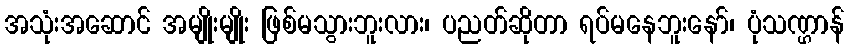
အသုံးအဆောင် အမျိုးမျိုး ဖြစ်မသွားဘူးလား၊ ပညတ်ဆိုတာ ရပ်မနေဘူးနော်၊ ပုံသဏ္ဌာန်